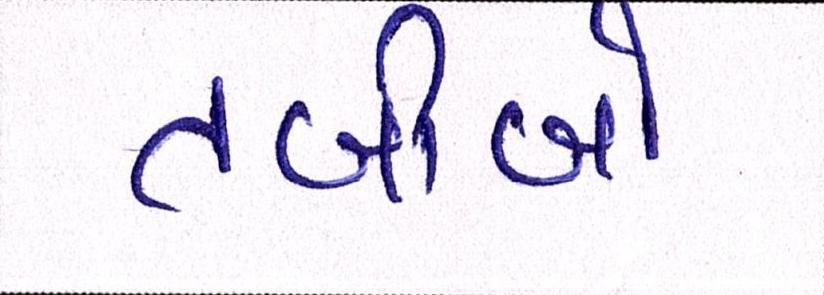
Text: તબીબો